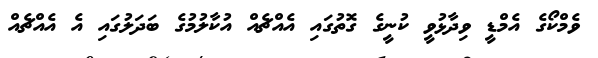
ވެމްކޯގެ އެމްޑީ ވިދާޅުވީ ކުނީގެ ގޮތުގައި އެއްޗެއް އުކާލުމުގެ ބަދަލުގައި އެ އެއްޗެއް